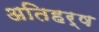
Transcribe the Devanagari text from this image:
अतिहर्ष